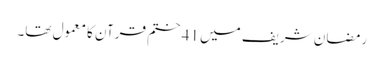
رمضان شریف میں 41 ختم قرآن کا معمول تھا۔